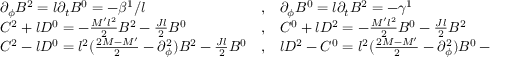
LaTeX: \begin{array} { l l l } { { \partial _ { \phi } B ^ { 2 } = l \partial _ { t } B ^ { 0 } = - \beta ^ { 1 } / l } } & { { , } } & { { \partial _ { \phi } B ^ { 0 } = l \partial _ { t } B ^ { 2 } = - \gamma ^ { 1 } } } \\ { { C ^ { 2 } + l D ^ { 0 } = - \frac { M ^ { \prime } l ^ { 2 } } { 2 } B ^ { 2 } - \frac { J l } { 2 } B ^ { 0 } } } & { { , } } & { { C ^ { 0 } + l D ^ { 2 } = - \frac { M ^ { \prime } l ^ { 2 } } { 2 } B ^ { 0 } - \frac { J l } { 2 } B ^ { 2 } } } \\ { { C ^ { 2 } - l D ^ { 0 } = l ^ { 2 } ( \frac { 2 M - M ^ { \prime } } { 2 } - \partial _ { \phi } ^ { 2 } ) B ^ { 2 } - \frac { J l } { 2 } B ^ { 0 } } } & { { , } } & { { l D ^ { 2 } - C ^ { 0 } = l ^ { 2 } ( \frac { 2 M - M ^ { \prime } } { 2 } - \partial _ { \phi } ^ { 2 } ) B ^ { 0 } - \frac { J l } { 2 } B ^ { 2 } . } } \end{array}